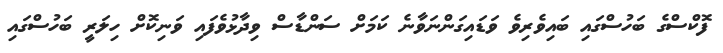
ފޮކްސްގެ ބަހުސްގައި ބައިވެރިވެ ވަޑައިގަންނަވާނެ ކަމަށް ސަންޑާސް ވިދާޅުވެފައި ވަނިކޮށް ހިލަރީ ބަހުސްގައި